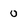
Character: 0